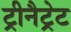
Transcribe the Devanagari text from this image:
ट्रीनैट्रेट